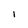
Character: I